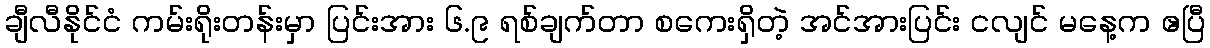
ချီလီနိုင်ငံ ကမ်းရိုးတန်းမှာ ပြင်းအား ၆.၉ ရစ်ချက်တာ စကေးရှိတဲ့ အင်အားပြင်း ငလျင် မနေ့က ဧပြီ